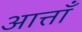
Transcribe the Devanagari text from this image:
आत्ताँ